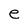
Character: e